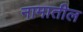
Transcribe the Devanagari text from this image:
नामातील